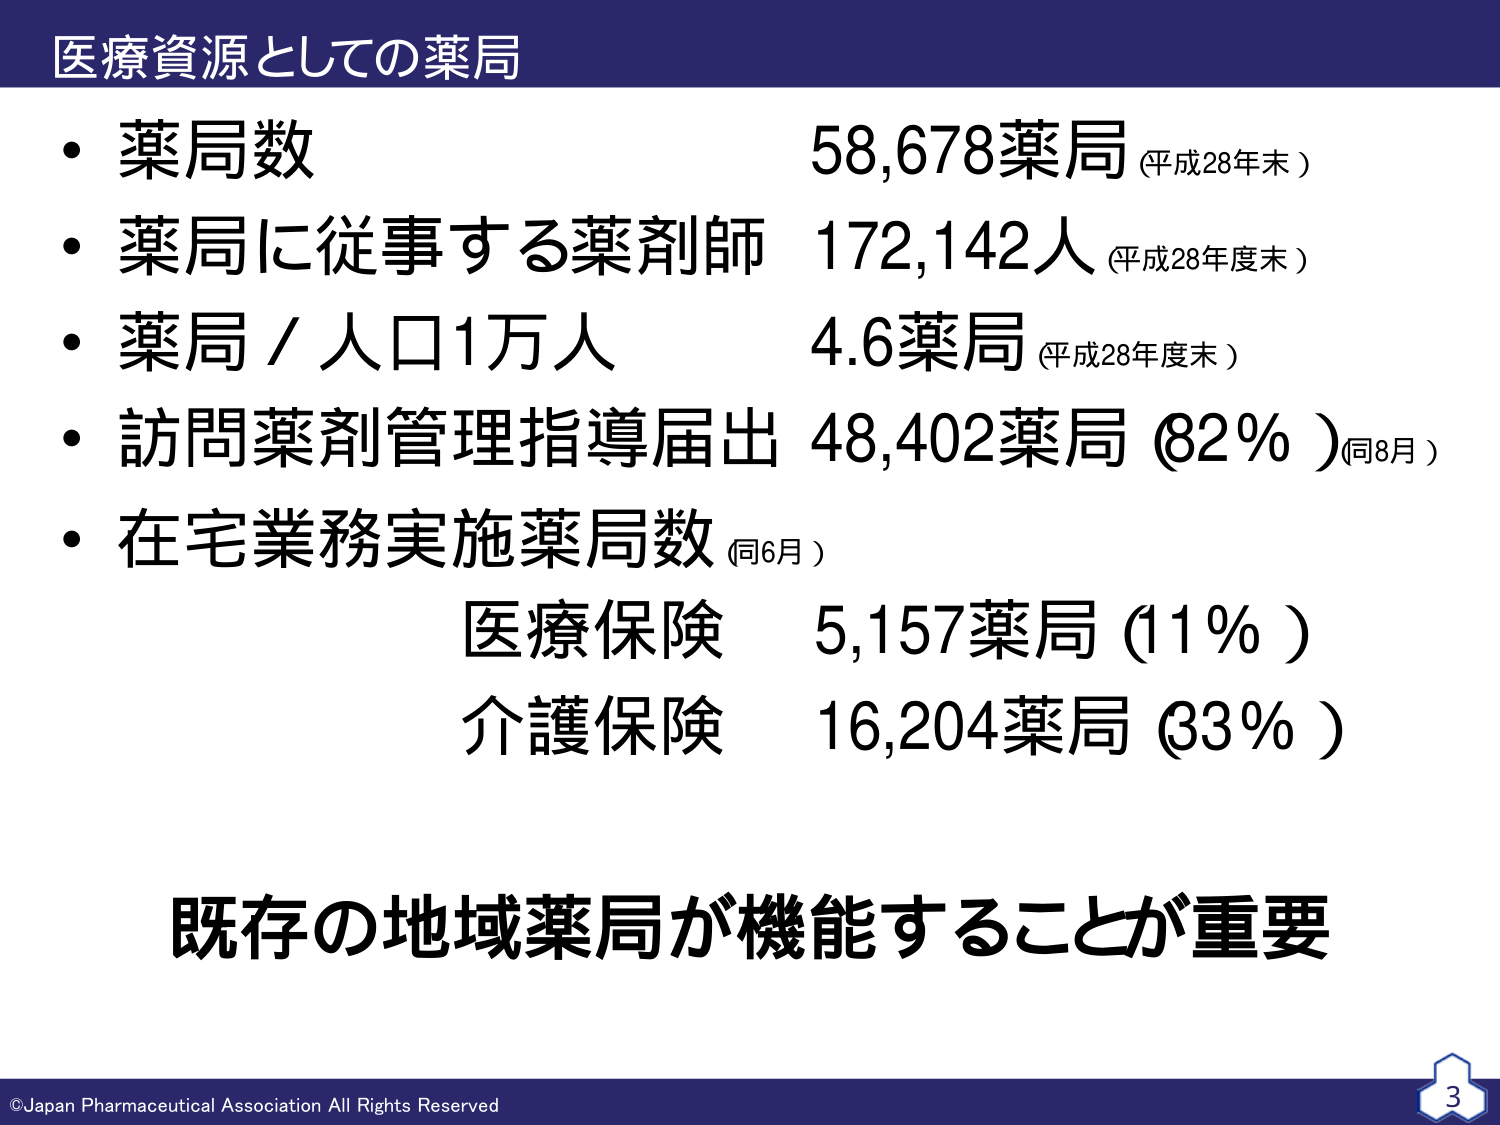
医療資源としての薬局
・薬局数 58,678薬局（平成28年末）
・薬局に従事する薬剤師 172,142人（平成28年度末）
・薬局／人口1万人 4.6薬局（平成28年度末）
・訪問薬剤管理指導届出 48,402薬局（82％）（同8月）
・在宅業務実施薬局数（同6月）
　医療保険 5,157薬局（11％）
　介護保険 16,204薬局（33％）
既存の地域薬局が機能することが重要
©Japan Pharmaceutical Association All Rights Reserved
3